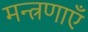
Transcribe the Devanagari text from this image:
मन्त्रणाएँ